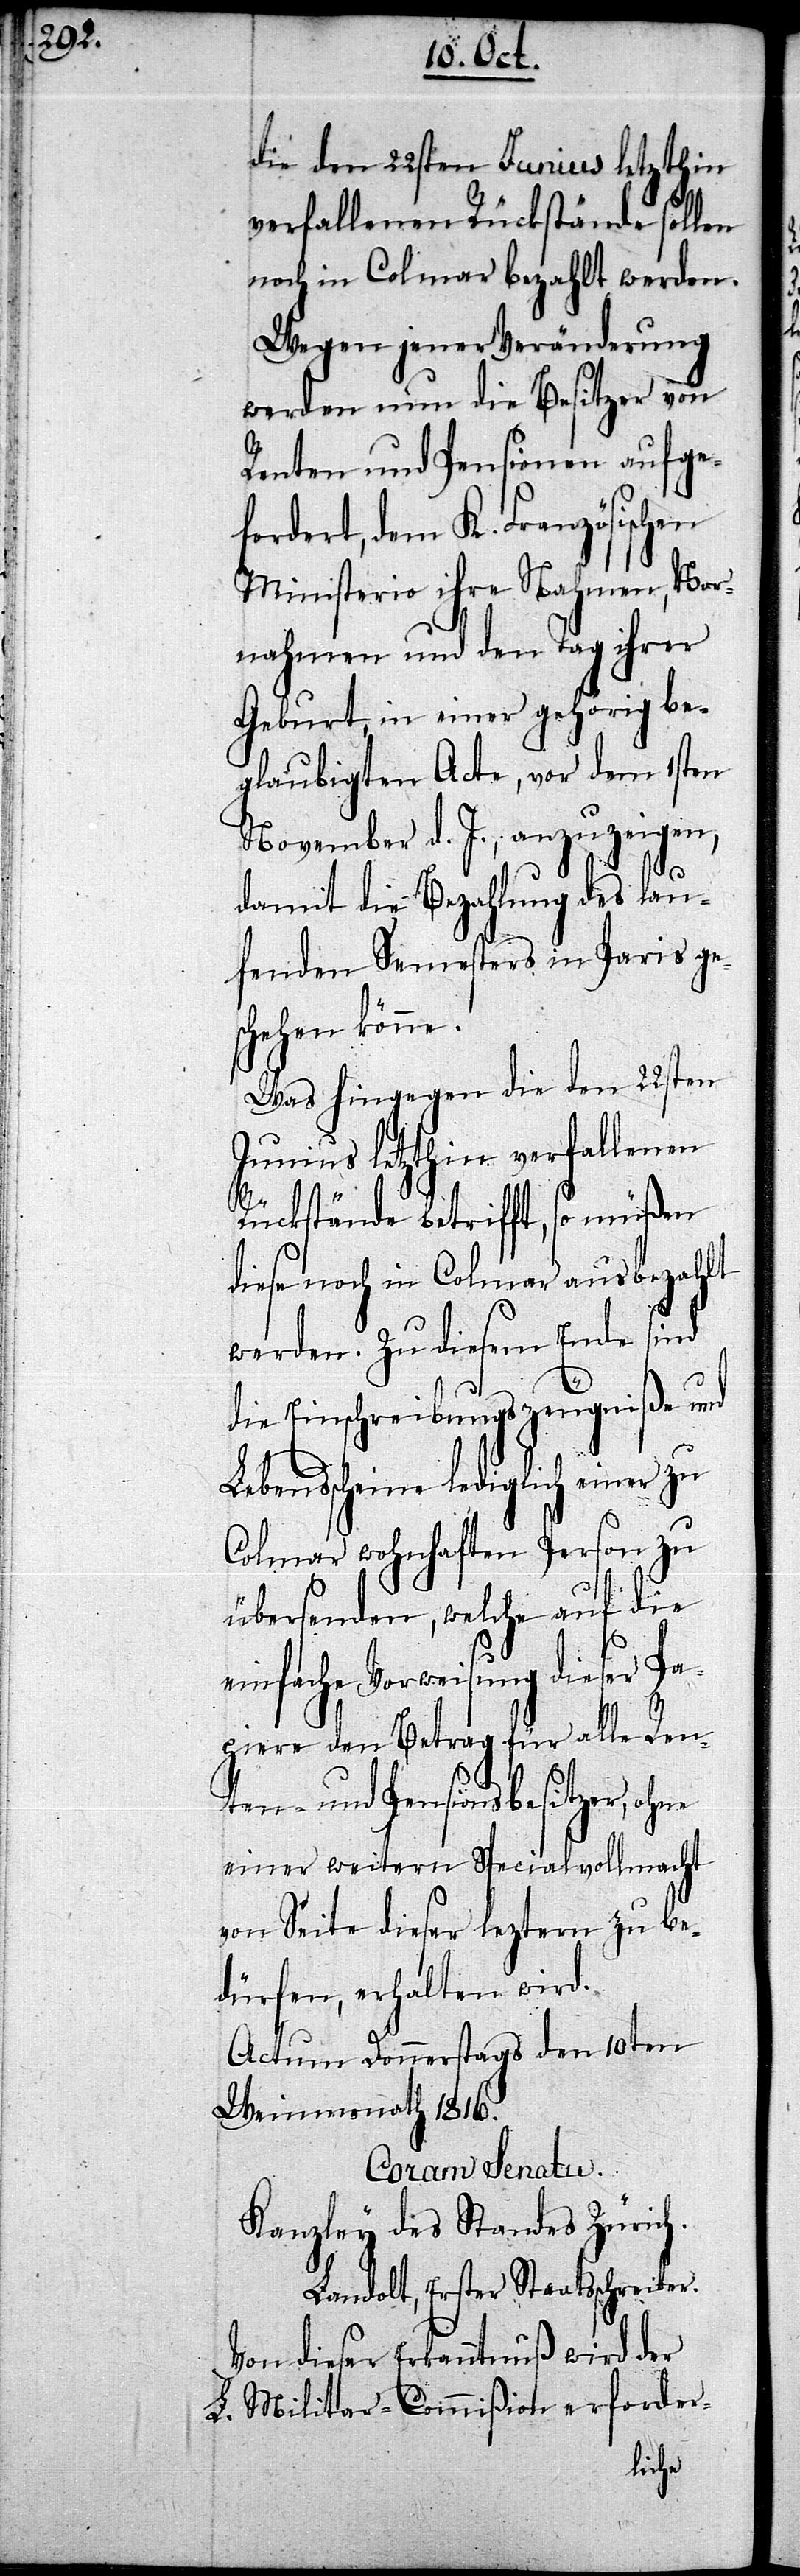
die den 22sten Junius letzthin
verfallenen Rückstände sollen
noch in Colmar bezahlt werden.
Wegen jener Veränderung
werden nun die Besitzer von
Renten und Pensionen aufge¬
fordert, dem K. Französischen
Ministerio ihre Nahmen, Vor¬
nahmen und den Tag ihrer
Geburt, in einer gehörig be¬
glaubigten Acte, vor dem 1sten
November d. J., anzuzeigen,
damit die Bezahlung des lau¬
fenden Semesters in Paris ges¬
chehen könne.
Was hingegen die den 22sten
Junius letzthin verfallenen
Rückstände betrifft, so müßen
diese noch in Colmar ausbezahlt
werden. Zu diesem Ende sind
die Einschreibungszeugniße und
Lebensscheine lediglich einer zu
Colmar wohnhaften Person zu
übersenden, welche auf die
einfache Vorweisung dieser Pa¬
piere den Betrag für alle Ren¬
ten- und Pensionsbesitzer, ohne
einer weitern Specialvollmacht
von Seite dieser leztern zu be¬
dürfen, erhalten wird.
Actum Donnerstags den 10ten
Weinmonath 1816.
Coram Senatu.
Kanzley des Standes Zürich.
Landolt, Erster Staatsschreiber.
Von dieser Erkanntnuß wird der
L. Militar-Commißion erforder-